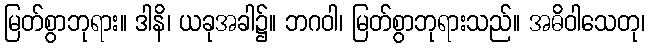
မြတ်စွာဘုရား။ ဒါနိ၊ ယခုအခါ၌။ ဘဂဝါ၊ မြတ်စွာဘုရားသည်။ အဓိဝါသေတု၊